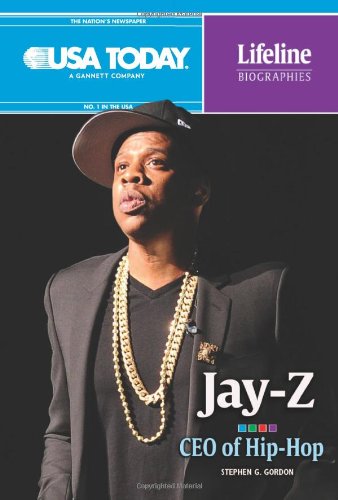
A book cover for Jay-Z: CEO of Hip-Hop (USA Today Lifeline Biographies); Stephen G. Gordon; Teen & Young Adult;